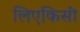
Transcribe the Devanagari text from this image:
लिएकिसी